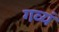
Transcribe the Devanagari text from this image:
गव्यं